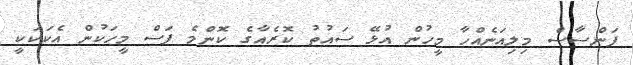
ފަންސާސް މިލިއަނެއްހާ މީހުން އުޅޭ ސައުތު ކޮރެއާގެ ކޮންމެ ފަސް މީހަކުން އެކަކަކީ